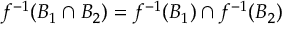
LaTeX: f ^ { - 1 } ( B _ { 1 } \cap B _ { 2 } ) = f ^ { - 1 } ( B _ { 1 } ) \cap f ^ { - 1 } ( B _ { 2 } )